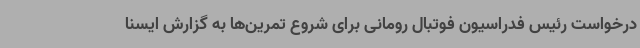
درخواست رئیس فدراسیون فوتبال رومانی برای شروع تمرین‌ها به گزارش ایسنا